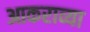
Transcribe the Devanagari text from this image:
आकराव्या